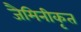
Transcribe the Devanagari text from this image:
जैमिनीकृत